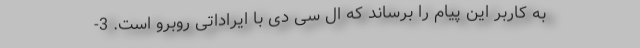
به کاربر این پیام را برساند که ال سی دی با ایراداتی روبرو است. 3-